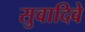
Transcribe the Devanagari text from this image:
सुवादिवे